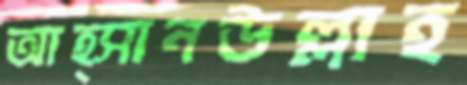
আহ্সানউল্লাহ